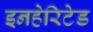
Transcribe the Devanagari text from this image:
इनहेरिटेड